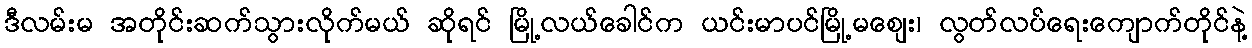
ဒီလမ်းမ အတိုင်းဆက်သွားလိုက်မယ် ဆိုရင် မြို့လယ်ခေါင်က ယင်းမာပင်မြို့မစျေး၊ လွတ်လပ်ရေးကျောက်တိုင်နဲ့